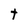
Character: t